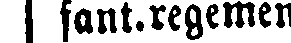
fant.regementet.